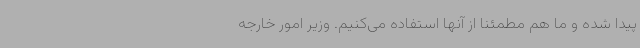
پیدا شده و ما هم مطمئنا از آنها استفاده می‌کنیم. وزیر امور خارجه